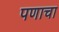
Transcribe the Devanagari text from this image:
पणाचा